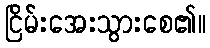
ငြိမ်းအေးသွားစေ၏။